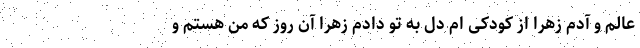
عالم و آدم زهرا از کودکی ام دل به تو دادم زهرا آن روز که من هستم و